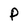
Character: p